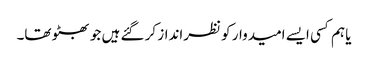
یا ہم کسی ایسے امیدوار کو نظرانداز کر گئے ہیں جو بھٹو تھا۔